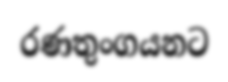
රණතුංගයනට